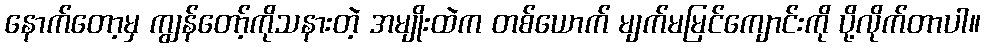
နောက်တော့မှ ကျွန်တော့်ကိုသနားတဲ့ အမျိုးထဲက တစ်ယောက် မျက်မမြင်ကျောင်းကို ပို့လိုက်တာပါ။